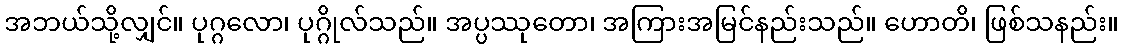
အဘယ်သို့လျှင်။ ပုဂ္ဂလော၊ ပုဂ္ဂိုလ်သည်။ အပ္ပဿုတော၊ အကြားအမြင်နည်းသည်။ ဟောတိ၊ ဖြစ်သနည်း။